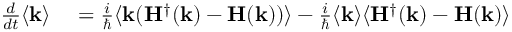
\begin{array} { r l } { \frac { d } { d t } \langle \mathbf { k } \rangle } & { { } = \frac { i } { \hbar } \langle \mathbf { k } ( \mathbf { H } ^ { \dagger } ( \mathbf { k } ) - \mathbf { H } ( \mathbf { k } ) ) \rangle - \frac { i } { \hbar } \langle \mathbf { k } \rangle \langle \mathbf { H } ^ { \dagger } ( \mathbf { k } ) - \mathbf { H } ( \mathbf { k } ) \rangle } \end{array}